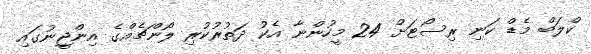
ކްލަބް މެޑް ކަނި ރިސޯޓަށް 24 މީހުންނާ އެކު ދަތުރުކުރި ލޯންޗެއްގެ އިންޖީނުގައި